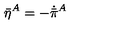
\bar { \eta } { } ^ { A } = - \dot { \bar { \pi } } { } ^ { A }